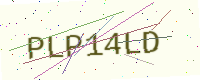
Text: PLP14LD